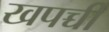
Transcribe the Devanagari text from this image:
खपच्ची